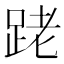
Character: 𨀼